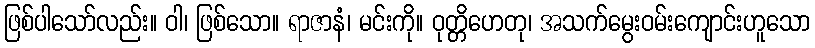
ဖြစ်ပါသော်လည်း။ ဝါ၊ ဖြစ်သော။ ရာဇာနံ၊ မင်းကို။ ဝုတ္တိဟေတု၊ အသက်မွေးဝမ်းကျောင်းဟူသော